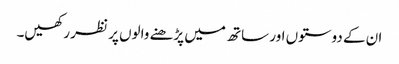
ان کے دوستوں اور ساتھ میں پڑھنے والوں پر نظر رکھیں۔